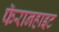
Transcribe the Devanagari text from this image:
फॅरानहाइट